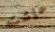
عاشت